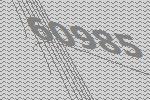
60985